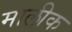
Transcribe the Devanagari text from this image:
मालीक